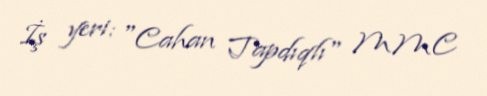
İş yeri: "Cahan Tapdıqlı" MMC